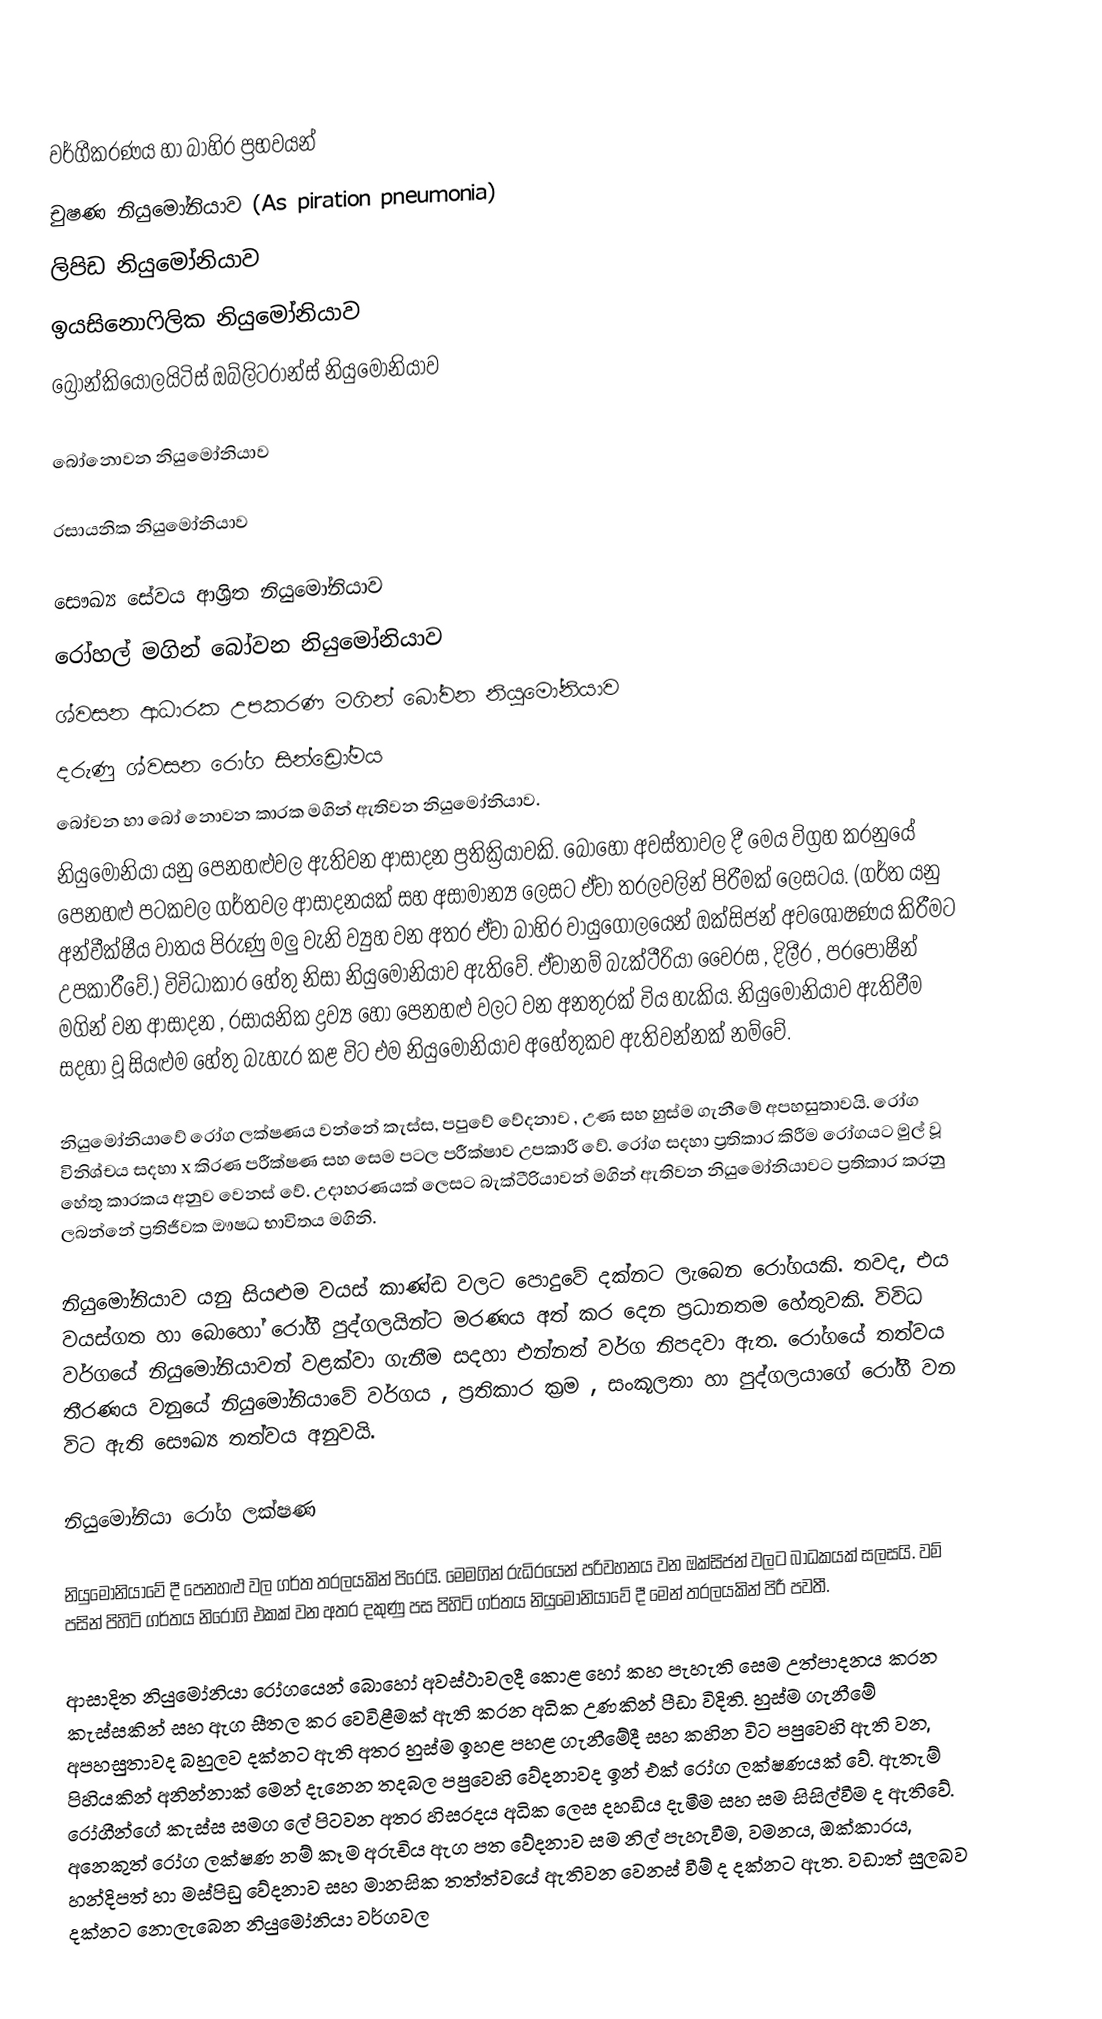

වර්ගීකරණය හා බාහිර ප්‍රභවයන්
	චුෂණ නියුමෝනියාව (As piration pneumonia)
	ලිපිඩ නියුමෝනියාව
	ඉයසිනොෆිලික නියුමෝනියාව
	බ්‍රොන්කියොලයිටිස් ඔබ්ලිටරාන්ස් නියුමෝනියාව

බෝ‍නොවන නියුමෝනියාව

	රසායනික නියුමෝනියාව

	සෞඛ්‍ය සේවය ආශ්‍රිත නියුමෝනියාව
	රෝහල් මගින් බෝවන නියුමෝනියාව
	ශ්වසන ආධාරක උපකරණ මගින් බෝවන නියුමෝනියාව
	දරුණු ශ්වසන රෝග සින්ඩ්‍රෝමය
බෝවන හා බෝ නොවන කාරක මගින් ඇතිවන නියුමෝනියාව.
නියුමෝනියා යනු පෙනහළුවල ඇතිවන ආසාදන ප්‍රතික්‍රියාවකි. බොහෝ අවස්තාවල දී මෙය විග්‍රහ කරනුයේ පෙනහළු පටකවල ගර්තවල ආසාදනයක් සහ අසාමාන්‍ය ලෙසට ඒවා තරලවලින් පිරීමක් ලෙසටය. (ගර්ත යනු අන්වීක්ෂීය වාතය පිරුණු මලු වැනි ව්‍යුහ වන අතර ඒවා බාහිර වායුගෝලයෙන් ඔක්සිජන් අවශෝෂණය කිරීමට උපකාරීවේ.) විවිධාකාර හේතු නිසා නියුමෝනියාව ඇතිවේ. ඒවානම් බැක්ටීරියා වෛරස , දිලීර , පරපෝෂීන් මගින් වන ආසාදන , රසායනික ද්‍රව්‍ය හෝ පෙනහළු වලට වන අනතුරක් විය හැකිය. නියුමෝනියාව ඇතිවීම සදහා වූ සියළුම හේතු බැහැර කළ විට එම නියුමෝනියාව අහේතුකව ඇතිවන්නක් නම්වේ.

නියුමෝනියාවේ රෝග ලක්ෂණය වන්නේ කැස්ස, පපුවේ වේදනාව , උණ සහ හුස්ම ගැනීමේ අපහසුතාවයි. රෝග විනිශ්චය සදහා x කිරණ පරීක්ෂණ සහ සෙම පටල පරීක්ෂාව උපකාරී වේ. රෝග සදහා ප්‍රතිකාර කිරීම රෝගයට මුල් වූ හේතු කාරකය අනුව වෙනස් වේ. උදාහරණයක් ලෙසට බැක්ටීරියාවන් මගින් ඇතිවන නියුමෝනියාවට ප්‍රතිකාර කරනු ලබන්නේ ප්‍රතිජීවක ඖෂධ භාවිතය මගිනි.

නියුමෝනියාව යනු සියළුම වයස් කාණ්ඩ වලට පොදුවේ දක්නට ලැබෙන රෝගයකි. තවද, එය වයස්ගත හා ‍‍බොහෝ රෝගී පුද්ගලයින්ට මරණය අත් කර දෙන ප්‍රධානතම හේතුවකි. විවිධ වර්ගයේ නියුමෝනියාවන් වළක්වා ගැනීම සදහා එන්නත් වර්ග නිපදවා ඇත. රෝගයේ තත්වය තීරණය වනුයේ නියුමෝනියාවේ වර්ගය , ප්‍රතිකාර ක්‍රම , සංකූලතා හා පුද්ගලයාගේ රෝගී වන විට ඇති සෞඛ්‍ය තත්වය අනුවයි.

නියුමෝනියා රෝග ලක්ෂණ

නියුමෝනියාවේ දී පෙනහළු වල ගර්ත තරලයකින් පිරෙයි. මෙමගින් රුධිරයෙන් පරිවහනය වන ඔක්සිජන් වලට බාධකයක් සලසයි. වම් පසින් පිහිටි ගර්තය නිරෝගි එකක් වන අතර දකුණු පස පිහිටි ගර්තය නියුමෝනියාවේ දී මෙන් තරලයකින් පිරී පවතී.

ආසාදිත නියුමෝනියා රෝගයෙන් බොහෝ අවස්ථාවලදී කොළ හෝ කහ පැහැති සෙම උත්පාදනය කරන කැස්සකින් සහ ඇග සීතල කර වෙවිළීමක් ඇති කරන අධික උණකින් පීඩා විදිති. හුස්ම ගැනීමේ අපහසුතාවද බහුලව දක්නට ඇති අතර හුස්ම ඉහළ පහළ ගැනීමේදී සහ කහින වි‍ට පපුවෙහි ඇති වන,  පිහියකින් අනින්නාක් මෙන් දැනෙන තදබල පපුවෙහි වේදනාවද ඉන් එක් රෝග ලක්ෂණයක් වේ. ඇතැම් රෝගීන්ගේ කැස්ස සමග ලේ පිටවන අතර හිසරදය අධික ලෙස දහඩිය දැමීම සහ සම සිසිල්වීම ද ඇතිවේ. අනෙකුත් රෝග ලක්ෂණ නම් කෑම අරුචිය ඇග පත වේදනාව සම නිල් පැහැවීම, වමනය, ඔක්කාරය, හන්දිපත් හා මස්පිඩු වේදනාව සහ මානසික තත්ත්වයේ ඇතිවන වෙනස් වීම් ද දක්නට ඇත. වඩාත් සුලබව දක්නට නොලැබෙන නියුමෝනියා වර්ගවල